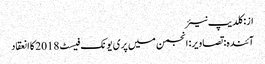
از: کلدیپ نیئر
آئندہ: تصاویر: انجمن میں پری یونک فیسٹ 2018 کا انعقاد